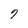
Character: 9